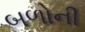
બળોની